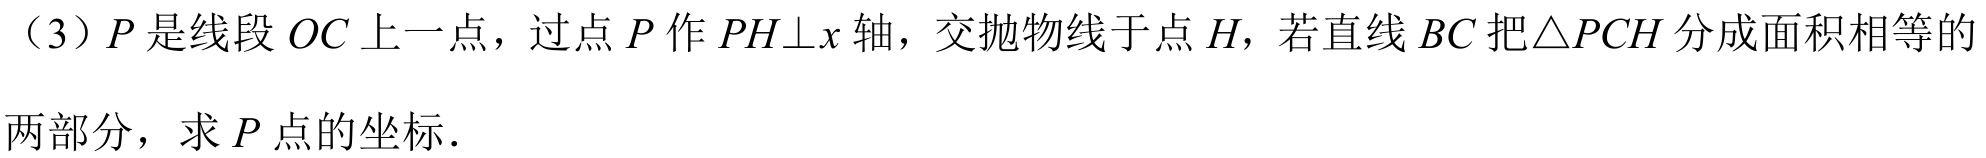
（3）\(P\)是线段\(OC\)上一点，过点\(P\)作\(PH\perp x\)轴，交抛物线于点\(H\)，若直线\(BC\)把\(\triangle PCH\)分成面积相等的两部分，求\(P\)点的坐标．